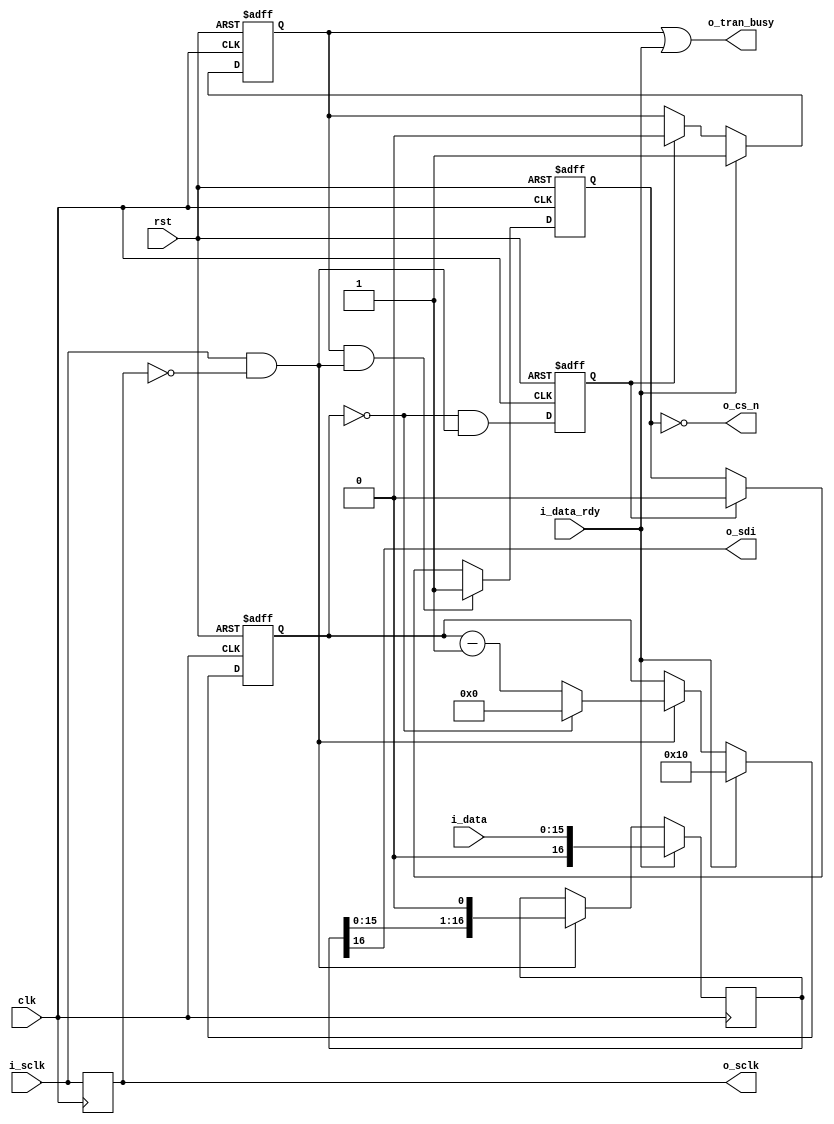
////////////////////////////////////////////////////////////////////////////////
// Copyright (c) WSCEC, Inc. All rights reserved.                               
////////////////////////////////////////////////////////////////////////////////
//   _      ___ ___________  _____                                              
//  | | /| / /  __/ ___/ _ \/ ___/  Group of RNSS_RECORDPLAYBACK
//  | |/ |/ (__  ) /__/  __/ /__                                                
//  |__/|__/____/\___/\___/\___/    2012                                        
//______________________________________________________________________________
//                                                                              
// Engineer :                                                             
// E-Mail :                                                   
//                                                                              
// Create Date :      hh:mm:ss  mm/dd/yy                                         
// Design Name :                                                
// Project Name :                                                                 
// Description :                                                              
//                                                                              
// Revision :                                                                   
// Additional Comments :                                                       
////////////////////////////////////////////////////////////////////////////////
`timescale 1ns/1ps
module   spi_interface_mosi(clk,
                            rst,
                            i_data,
                            i_data_rdy,
                            o_tran_busy,
                            i_sclk,
                            o_sclk,
                            o_cs_n,
                            o_sdi);
parameter DWIDTH = 16; // The bit-width of i_data
parameter CLOCK_EDGE = 0;// The valid clock edge slave edge 1 --> rise edge, 0 --> falling edge
localparam FRAMELEN = DWIDTH;
localparam LCNT = clogb2(FRAMELEN) - 1;

input clk;
input rst;
input [DWIDTH - 1 : 0] i_data;
input i_data_rdy;
output o_tran_busy;
input i_sclk;
output o_sclk;
output o_cs_n;
output o_sdi;

reg [LCNT : 0] fcnt;

reg sclk_l1;
wire sclk_r;
wire sclk_f;
wire tran_edge;
wire sample_edge;
reg tran_end;
always @(posedge clk)
begin
  sclk_l1 <= i_sclk;
end
assign sclk_r = i_sclk && (!sclk_l1);
assign sclk_f = (!i_sclk) && sclk_l1;
assign sample_edge = CLOCK_EDGE ? sclk_r : sclk_f;
assign tran_edge = CLOCK_EDGE ? sclk_f : sclk_r;


reg busy;
always @(posedge clk or posedge rst)
begin
  if(rst) busy <= 1'b0;
  else if(i_data_rdy) busy <= 1'b1;
  else if(tran_end) busy <= 1'b0;
end


always @(posedge clk or posedge rst)
begin
  if(rst) fcnt <= 'd0;
  else if(i_data_rdy) fcnt <= FRAMELEN;
  else if(tran_edge) fcnt <= ('d0 == fcnt) ? 'd0 : (fcnt - 'd1);
end

reg csb;
always @(posedge clk or posedge rst)
begin
  if(rst) csb <= 1'b0;
  else if(busy && tran_edge) csb <= 1'b1;
  else if(tran_end) csb <= 1'b0;
end

always @(posedge clk or posedge rst)
begin
  if(rst) tran_end <= 1'b0;
  else tran_end <= ('d0 == fcnt) && tran_edge;
end

reg [FRAMELEN : 0] data;
always @(posedge clk)
begin
  if(i_data_rdy) data <= {1'b0, i_data};
  else if(tran_edge) data <= {data[FRAMELEN - 1 : 0], 1'b0};
end


assign o_sdi = data[FRAMELEN];
assign o_cs_n = !csb;
assign o_tran_busy = busy || i_data_rdy;
assign o_sclk = sclk_l1;


function integer clogb2;
input integer depth;
integer i,result;
begin
  for (i = 0; depth >= 2 ** i; i = i + 1)
    result = i + 1;
  clogb2 = result;
end
endfunction

endmodule

////////////////////////////////////////////////////////////////////////////////
//    ______           __  __                    __                            
//   /_  __/___  _____/ /_/ /_  ___  ____  _____/ /_                           
//    / /  / _ \/ ___/ __/ __ \/ _ \/ __ \/ ___/ __ \                          
//   / /  /  __(__  ) /_/ /_/ /  __/ / / / /__/ / / /                          
//  /_/   \___/____/\__/_.___/\___/_/ /_/\___/_/ /_/                           
//                                                                             
////////////////////////////////////////////////////////////////////////////////
`ifdef SIMULATION

`timescale 1ns/1ps
module tb_spi_interface_mosi;

parameter DWIDTH = 40;
parameter CLOCK_EDGE = 0;
parameter FRAMELEN = 40;


parameter CYC = 100;

reg clk;
reg rst;
reg [DWIDTH - 1 : 0] i_data;
reg i_data_rdy;
wire o_tran_busy;
reg i_sclk;
wire o_sclk;
wire o_cs_n;
wire o_sdi;
reg i_sdo;



initial clk = 1'b0;
always #(CYC/2) clk = ~clk;
initial
begin
  rst = 1'b1;
  #(100 * CYC);
  rst = 1'b0;
end


initial
begin
 #(100_000 * CYC);
 $stop;
end

reg [7 : 0] cnt;
always @(posedge clk or posedge rst)
begin
  if(rst) cnt <= 'd0;
  else cnt <= cnt + 'd1;
end
always @(posedge clk)
begin
  i_sclk <= cnt[7];
end

always @(posedge clk or  posedge rst)
begin
  if(rst) i_data_rdy <= 1'b0;
  else if(!o_tran_busy) i_data_rdy <= $random;
  else i_data_rdy <= 1'b0;
end
always @(posedge clk)
begin
  if(rst) i_data <= $random;
  else if(i_data_rdy) i_data <= $random;
end


spi_interface_mosi #(.DWIDTH(DWIDTH),
                       .CLOCK_EDGE(CLOCK_EDGE))
                       Uspi_interface_mosi(.clk(clk),
                                           .rst(rst),
                                           .i_data(i_data),
                                           .i_data_rdy(i_data_rdy),
                                           .o_tran_busy(o_tran_busy),
                                           .i_sclk(i_sclk),
                                           .o_sclk(o_sclk),
                                           .o_cs_n(o_cs_n),
                                           .o_sdi(o_sdi));

initial
begin
  $fsdbDumpfile("Utb_spi_interface_mosi.fsdb");
  $fsdbDumpvars();
end
endmodule
`endif